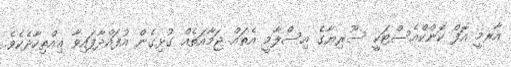
އާރމީ އޮފް ކޮންކްއެސްޓަކީ ސޫރިޔާގެ އިސްލާމީ އެތައް ޖަމާއަތެއް ގުޅިގެން އުފައްދާފައިވާ އިއްތިހާދެކެވެ.